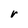
Character: r